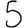
Digit: 5